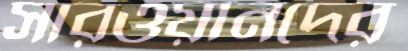
সারওয়ানদের